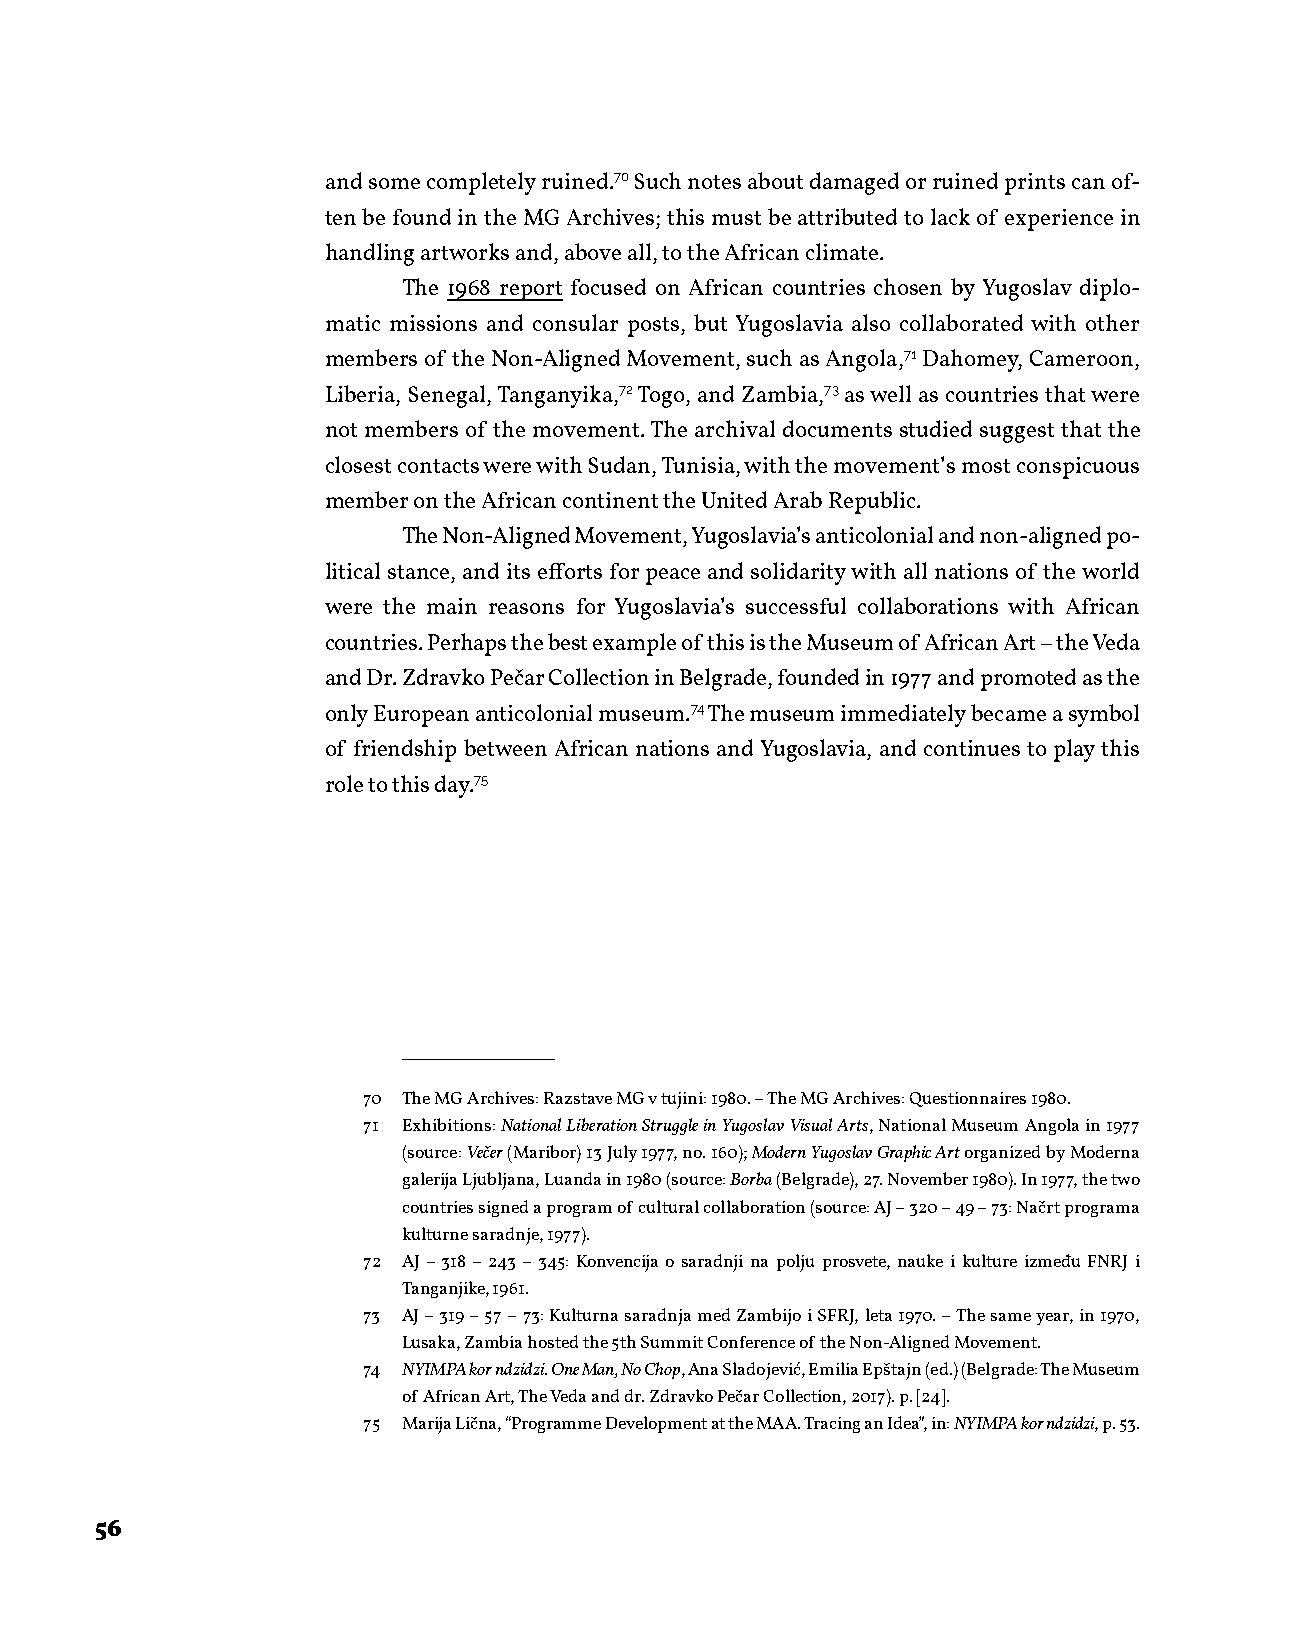
and some completely ruined.70 Such notes about damaged or ruined prints can of-
 ten be found in the MG Archives; this must be attributed to lack of experience in
 handling artworks and, above all, to the African climate.
 The 1968 report focused on African countries chosen by Yugoslav diplo-
 matic missions and consular posts, but Yugoslavia also collaborated with other
 members of the Non-Aligned Movement, such as Angola,71 Dahomey, Cameroon,
 Liberia, Senegal, Tanganyika,72 Togo, and Zambia,73 as well as countries that were
 not members of the movement. The archival documents studied suggest that the
 closest contacts were with Sudan, Tunisia, with the movement’s most conspicuous
 member on the African continent the United Arab Republic.
 The Non-Aligned Movement, Yugoslavia’s anticolonial and non-aligned po-
 litical stance, and its efforts for peace and solidarity with all nations of the world
 were the main reasons for Yugoslavia’s successful collaborations with African
 countries. Perhaps the best example of this is the Museum of African Art – the Veda
 and Dr. Zdravko Pečar Collection in Belgrade, founded in 1977 and promoted as the
 only European anticolonial museum.74 The museum immediately became a symbol
 of friendship between African nations and Yugoslavia, and continues to play this
 role to this day.75
 70 The MG Archives: Razstave MG v tujini: 1980. – The MG Archives: Questionnaires 1980.
 71 Exhibitions: National Liberation Struggle in Yugoslav Visual Arts, National Museum Angola in 1977
 (source: Večer (Maribor) 13 July 1977, no. 160); Modern Yugoslav Graphic Art organized by Moderna
 galerija Ljubljana, Luanda in 1980 (source: Borba (Belgrade), 27. November 1980). In 1977, the two
 countries signed a program of cultural collaboration (source: AJ – 320 – 49 – 73: Načrt programa
 kulturne saradnje, 1977).
 72 AJ – 318 – 243 – 345: Konvencija o saradnji na polju prosvete, nauke i kulture između FNRJ i
 Tanganjike, 1961.
 73 AJ – 319 – 57 – 73: Kulturna saradnja med Zambijo i SFRJ, leta 1970. – The same year, in 1970,
 Lusaka, Zambia hosted the 5th Summit Conference of the Non-Aligned Movement.
 74 NYIMPA kor ndzidzi. One Man, No Chop, Ana Sladojević, Emilia Epštajn (ed.) (Belgrade: The Museum
 of African Art, The Veda and dr. Zdravko Pečar Collection, 2017). p. [24].
 75 Marija Lična, “Programme Development at the MAA. Tracing an Idea”, in: NYIMPA kor ndzidzi, p. 53.
 56